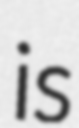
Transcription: is